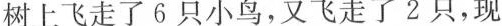
树上飞走了6只小鸟，又飞走了2只，现